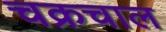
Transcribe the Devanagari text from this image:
चक्रचाल